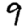
Digit: 9